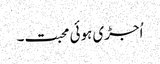
اُجڑی ہوئی محبت۔